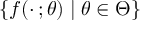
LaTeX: \{ f ( \cdot \, ; \theta ) \mid \theta \in \Theta \}